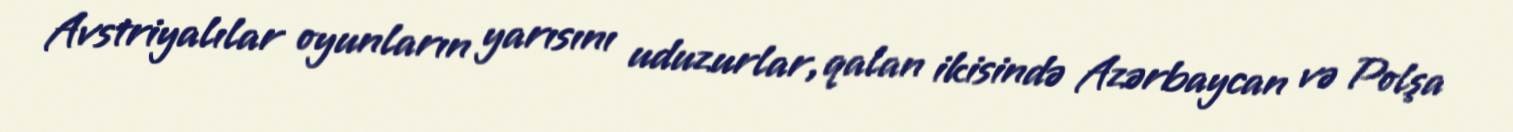
Avstriyalılar oyunların yarısını uduzurlar, qalan ikisində Azərbaycan və Polşa